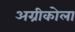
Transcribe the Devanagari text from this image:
अग्रीकोला